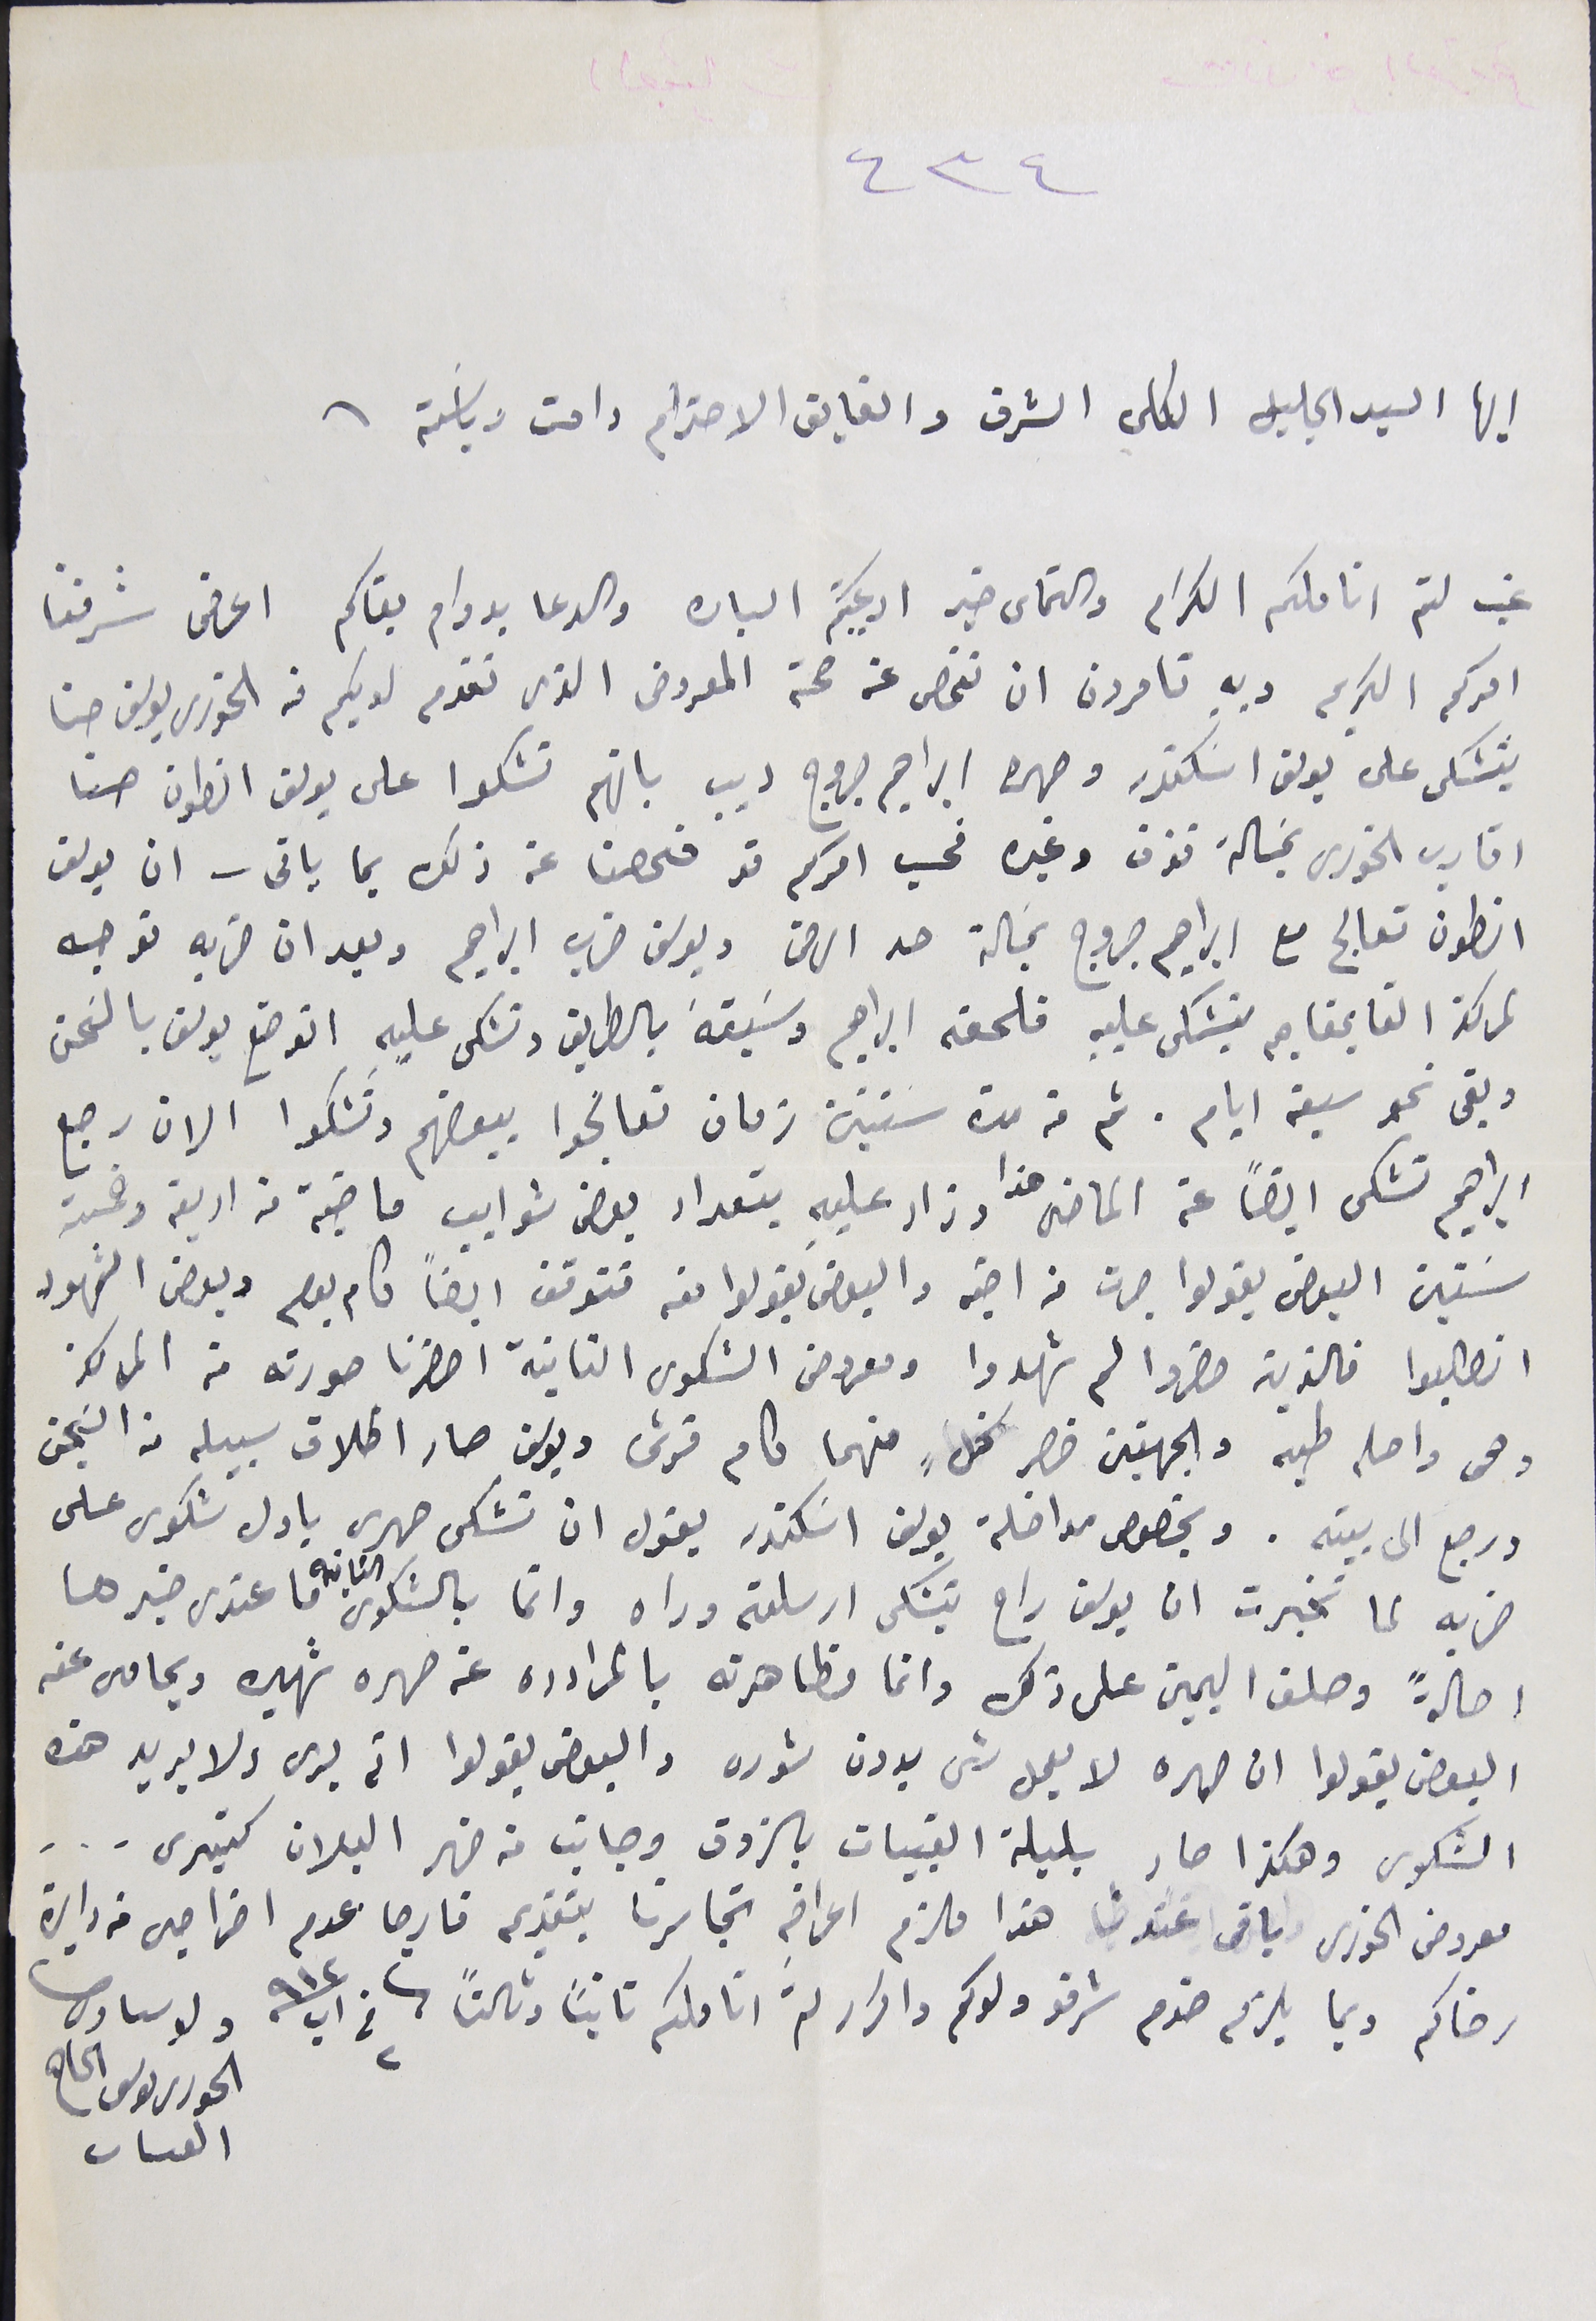
٤٣٤
ايها السيد الجليل الكلي الشرف والفايق الاحترام دامت رياسَتة
غب لثم اناملكم الكرام والتماس خير ادعيتكم الباره والدعا بدوام بقاكم اعرض شرفنا
امركم الكريم وبه تامرون ان نفحص عن صحة المعروض الذي تقدم لديكم منه الخورى يوسف حنا
يتشكى على يوسف اسَكندر وصهره ابراهيم جروج ديب بانهم تشكوا على يوسف انطون حنا
اقارب الخوري بمَسالة تفرق وغيره فحسب امركم قد فحصنا عن ذلك بما ياتى – ان يوسف
انطون تعالج مع ابراهيم جروج بمسَالة حد الرضى ويوسف ضرب ابراهيم وبعد ان ضربه توجه
لمركز القايمقام يتشكى عليه فلحقه ابراهيم وسَبقة بالطريق وتشكى عليه اتوضع يوسف بالسَجن
وبقى نحو سبعة ايام. ثم من مدة سنتين زمان تعالجوا ببعضهم وتشكوا الان رجع
ابراهيم تشكى ايضاً عن الماضى هذا وزاد عليه بتعداد بعض شوايب ماضية من اربعة وخمسة
سَنين البعض يقولوا جرت من اخيه والبعض يقولوا منه تتوقف ايضًا كام يوم وبعض الشهود
انطلبوا فالذين حضروا لم شهدوا ومعروض الشكوى الثانية احضرنا صورته من المركز
وهى واصله طيه والجهتين حضر كلٍ منهما كام قرش ويوسف صار اطلاق سبيله من السَجن
ورجع الى بيته. وبخصوص مداخلة يوسف اسَكندر يقول ان تشكى صهرى باول شكوى على
ضربه لما تخبرت ان يوسف راح يتشكى ارسلته وراه وانما بالشكوى الثانية ما عندى خبرها
اصالةً وحلف اليمين على ذلك وانما مظاهرته بالمرادده عن صهره شهيره ويحامى عنه
البعض يقولوا ان صهره لا يعمل شى بدون شوره والبعض يقولوا انه برى ولا يريد هذه
الشكوى وهكذا صار بلبلة القبيات بالزوق وجانب من ضهر البلان كتيري ...
معروض الخورى باقى عندنا هذا ملزم اعراضهِ تجاسرنا بتقديم فارجا عدم اخراجى من دايرة
رضاكم وبما يلزم خدم شرفو ولدكم واكرار لثم اناملكم ثانياً وثالثاً  فى ٢ اب ٩١٢                                                                   ولد سىادكم
الحورى ىوسف الحاج
القىات